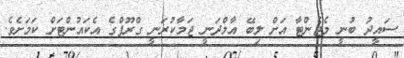
ސައީދު ބުނީ މެޖެންޓާ އަށް ލިބޭ އާމްދަނީ ޖަމާކުރަނީ ގްރޫޕްގެ އެކައުންޓަށް ކަމަށެވެ.